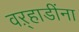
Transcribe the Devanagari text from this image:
वऱ्हाडींना